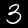
Digit: 3